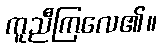
ကူညီကြလေ၏။